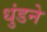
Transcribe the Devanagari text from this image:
धुंडने